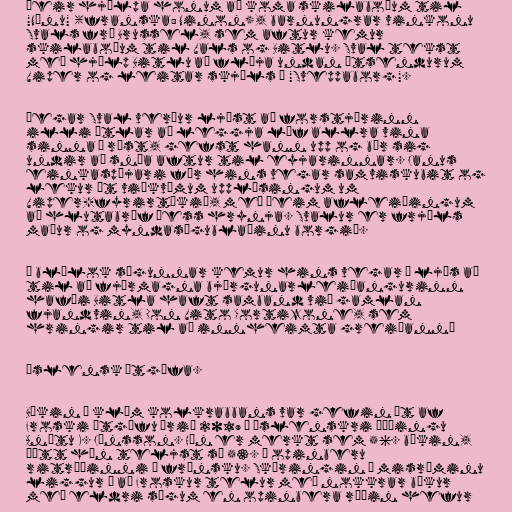
Þeir hjálpa honum að koma skilaboðum til
"Nínu" (franska: Ninon), barnungrar vinkonu
Svals frá Brussel, sem aftur kemur
skilaboðum til Vals og Bitlu. Sval tekst
með hjálp Bitlu að flýja undan útsendurum
Viper og leitar skjóls í "Sveppaborg".

Þegar Sval verður ljóst að forstjórinn
illi ætlar að leggja líf allra vina
sinna í rúst, gefst hann upp og býr sig
undir að snúa aftur til eyjarinnar. Janus
einkaspæjari fær hins vegar samviskubit og
lekur út viðkvæmum upplýsingum um
Viper-fyrirtækið, með þeim afleiðingum
að hlutabréf þess hrynja. Svalur er frjáls
maður og myndasögublaðinu borgið.

Í blálok sögunnar kemur hins vegar í ljós að
til að fjármagna björgunarleiðangurinn
hafði Bitla haft samband við gamlan
fjandvin, Don Vito Cortizone, sem
hringir til að innheimta greiðann…

Íslensk útgáfa.

Bókin Í klóm kolkrabbans var gefin út af
Froski útgáfu árið 2019 í íslenskri þýðingu
Anítu K. Jónsson. Hún er merkt sem 56. bókin,
þótt hún teljst sú 53. í opinberu
ritröðinni á frönsku. Skýringin á misræminu
liggur í að Froskur telur með nokkrar bækur
með eldri sögum en opinbera röðin hefur